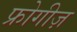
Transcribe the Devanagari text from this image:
फ्रोगीज़